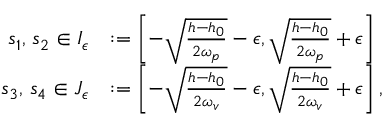
\begin{array} { r l } { s _ { 1 } , \, s _ { 2 } \in I _ { \epsilon } } & { : = \left[ - \sqrt { \frac { h - h _ { 0 } } { 2 \omega _ { p } } } - \epsilon , \sqrt { \frac { h - h _ { 0 } } { 2 \omega _ { p } } } + \epsilon \right] } \\ { s _ { 3 } , \, s _ { 4 } \in J _ { \epsilon } } & { : = \left[ - \sqrt { \frac { h - h _ { 0 } } { 2 \omega _ { v } } } - \epsilon , \sqrt { \frac { h - h _ { 0 } } { 2 \omega _ { v } } } + \epsilon \right] , } \end{array}